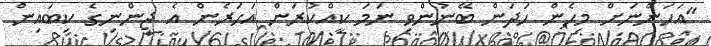
"އަހަންނަށް މިހެން ހަދަން ބޭނުންވި ނަމަ ކީއްކުރަން އަހަރެން އެ ޖިންނިގެ ކިބައިން